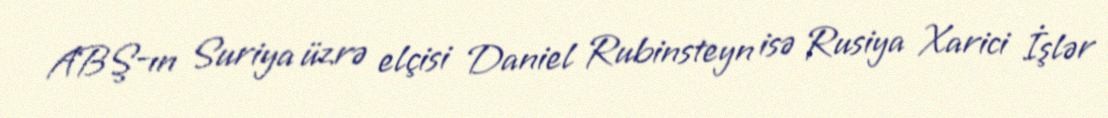
ABŞ-ın Suriya üzrə elçisi Daniel Rubinsteyn isə Rusiya Xarici İşlər